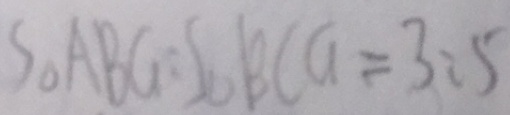
S _ { \Delta } A B G : S _ { \Delta } B C G = 3 : 5